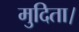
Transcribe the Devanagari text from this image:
मुदिता।